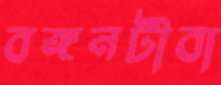
বঙ্গনটীবা